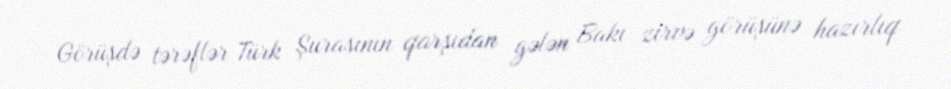
Görüşdə tərəflər Türk Şurasının qarşıdan gələn Bakı zirvə görüşünə hazırlıq